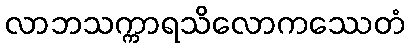
လာဘသက္ကာရသိလောကဿေတံ